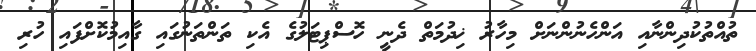
ތުއްތުކުދިންނާއި އަންހެނުންނަށް މިހާރު ޚިދުމަތް ދެނީ ހޮސްޕިޓަލުގެ އެކި ތަންތަނުގައި ގާއިމުކޮށްފައި ހުރި